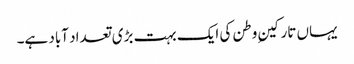
یہاں تارکینِ وطن کی ایک بہت بڑی تعداد آباد ہے۔